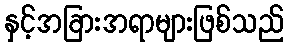
နှင့်အခြားအရာများဖြစ်သည်